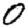
Digit: 0